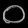
Digit: ၀